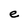
Character: e